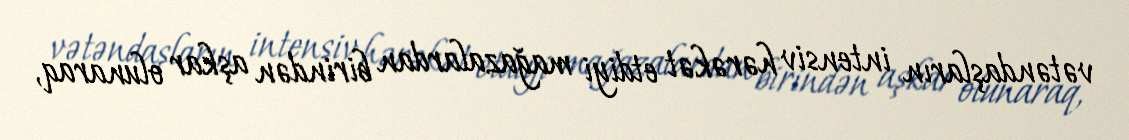
vətəndaşların intensiv hərəkət etdiyi mağazalardan birindən aşkar olunaraq,